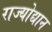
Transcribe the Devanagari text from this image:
राज्योद्यान